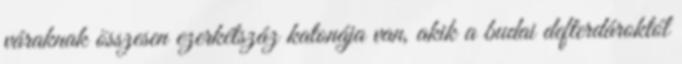
váraknak összesen ezerkétszáz katonája van, akik a budai defterdároktól